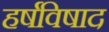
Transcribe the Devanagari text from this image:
हर्षविषाद